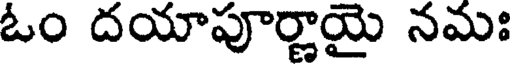
ఓం దయాపూర్ణాయై నమః